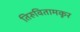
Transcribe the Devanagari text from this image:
तिरुवितामकूर